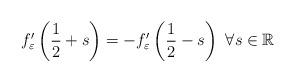
LaTeX: \begin{align*}f_{\varepsilon}^{\prime}\left( \frac{1}{2}+s\right) =-f_{\varepsilon}^{\prime}\left( \frac{1}{2}-s\right) ~\forall s\in\mathbb{R} \end{align*}